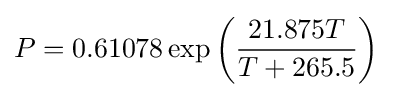
P=0.61078\exp \left({\frac {21.875T}{T+265.5}}\right)